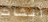
انشات